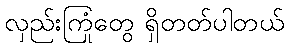
လှည်းကြုံတွေ ရှိတတ်ပါတယ်